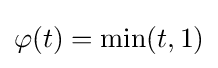
\varphi (t)=\min(t,1)